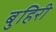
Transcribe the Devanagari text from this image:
बुहिरी